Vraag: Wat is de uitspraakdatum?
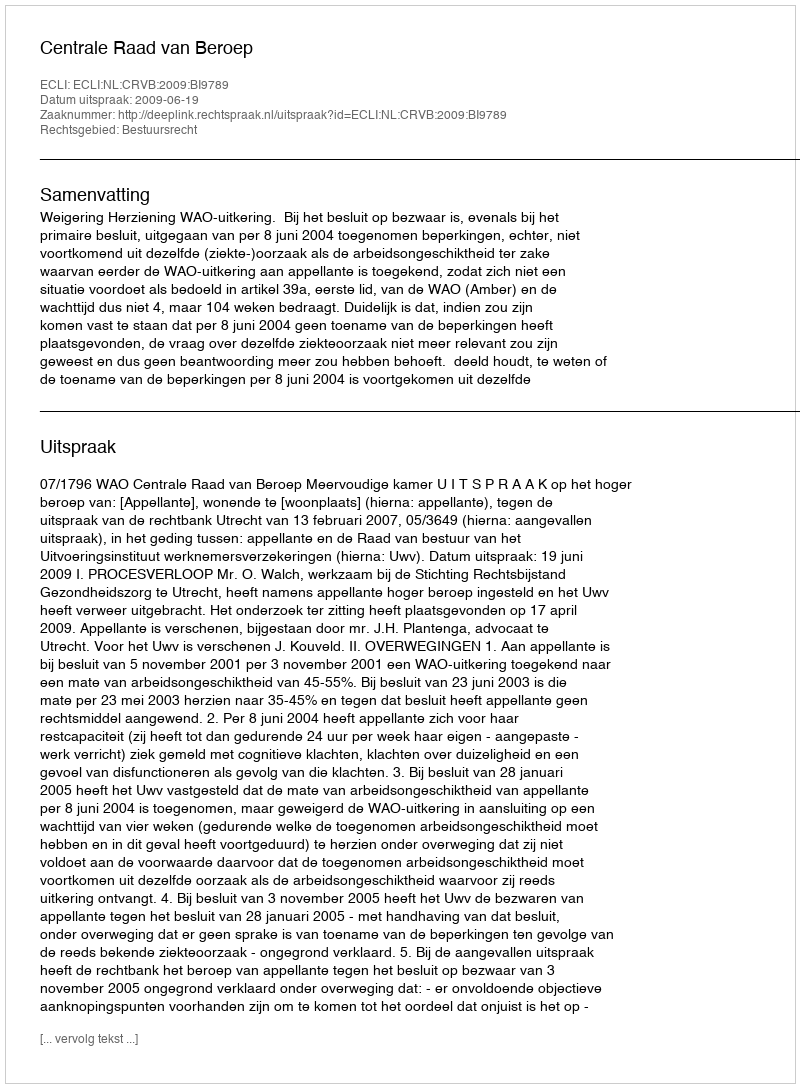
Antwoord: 2009-06-19